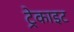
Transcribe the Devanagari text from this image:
ट्रेकाइट